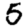
Digit: 5